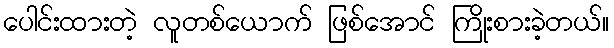
ပေါင်းထားတဲ့ လူတစ်ယောက် ဖြစ်အောင် ကြိုးစားခဲ့တယ်။